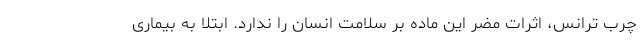
چرب ترانس، اثرات مضر این ماده بر سلامت انسان را ندارد. ابتلا به بیماری